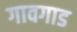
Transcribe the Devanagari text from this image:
गावगाड